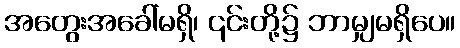
အတွေးအခေါ်မရှိ၊ ၎င်းတို့၌ ဘာမျှမရှိပေ။